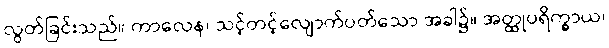
လွတ်ခြင်းသည်။ ကာလေန၊ သင့်တင့်လျောက်ပတ်သော အခါ၌။ အတ္ထုပရိက္ခာယ၊